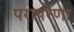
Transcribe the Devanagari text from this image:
परापरेणा